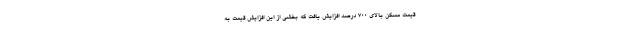
قیمت مسکن بالای 700 درصد افزایش یافت که بخشی از این افزایش قیمت به